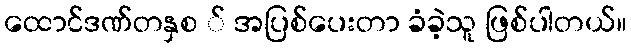
ထောင်ဒဏ်တနှစ ် အပြစ်ပေးတာ ခံခဲ့သူ ဖြစ်ပါတယ်။